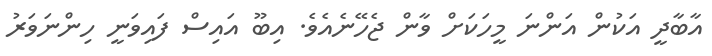
އާބާދީ އަކުން އަންނަ މީހަކަށް ވާން ޖެހޭނެއެވެ. އިބޫ އައިސް ފައިވަނީ ހިންނަވަރު